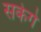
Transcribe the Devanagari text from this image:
सकेगे